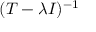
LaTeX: ( T - \lambda I ) ^ { - 1 }